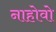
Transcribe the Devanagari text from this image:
नाहोवो